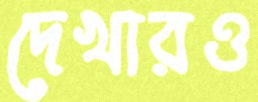
দেখারও